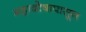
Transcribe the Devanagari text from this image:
महादोषापासून